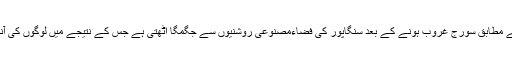
ایک جریدے سائنس ایڈوانسز میں شائع ایک تحقیق کے مطابق سورج غروب ہونے کے بعد سنگاپور کی فضاءمصنوعی روشنیوں سے جگمگا اٹھتی ہے جس کے نتیجے میں لوگوں کی آنکھیں اب تاریکی کو دیکھنے کے قابل ہی نہیں رہیں۔